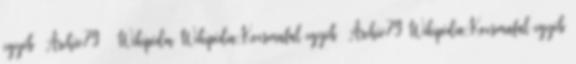
egyéb Archív79 – Wikipédia Wikipédia:Kocsmafal egyéb Archív79 Wikipédia:Kocsmafal egyéb